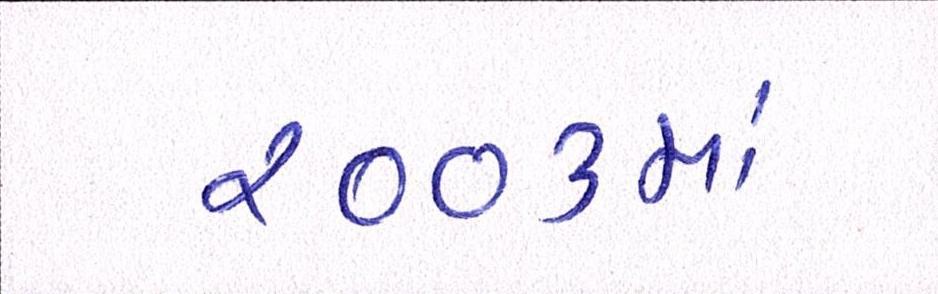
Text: ૨૦૦૩માં